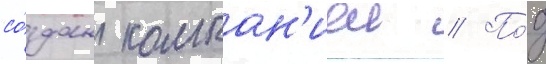
со́здан компан'иеи // По́д